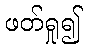
ဖတ်ရှု၍